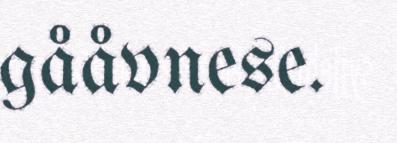
gååvnese.